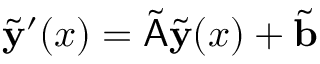
\tilde { \mathbf { y } } ^ { \prime } ( x ) = \tilde { \mathsf { A } } \tilde { \mathbf { y } } ( x ) + \tilde { \mathbf { b } }